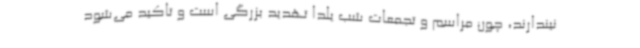
نیندارند، چون مراسم و تجمعات شب یلدا تهدید بزرگی است و تاکید می‌شود